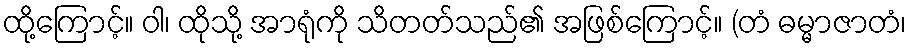
ထို့ကြောင့်။ ဝါ၊ ထိုသို့ အာရုံကို သိတတ်သည်၏ အဖြစ်ကြောင့်။ (တံ ဓမ္မာဇာတံ၊